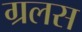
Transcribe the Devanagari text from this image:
ग्रलस